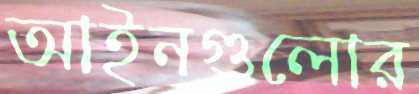
আইনগুলোর